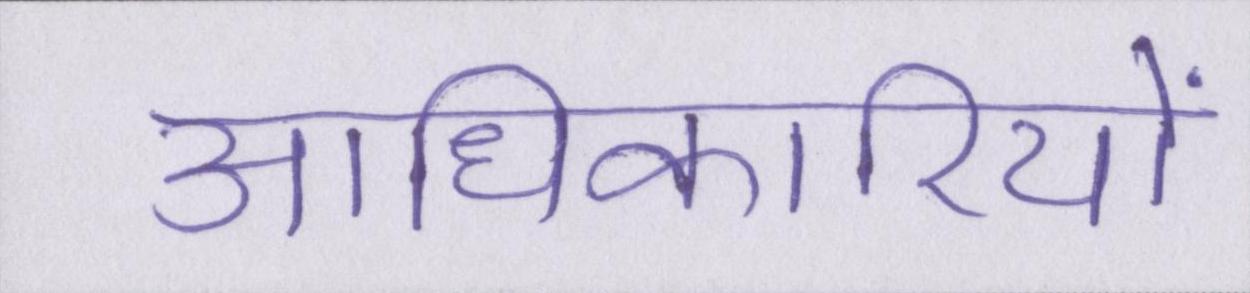
आधिकारियों